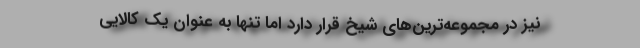
نیز در مجموعه‌ترین‌های شیخ قرار دارد اما تنها به عنوان یک کالایی